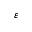
\varepsilon